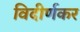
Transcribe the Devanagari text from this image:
विदीर्णकर